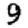
Digit: 9